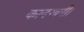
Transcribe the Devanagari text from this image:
कादम्बरी।